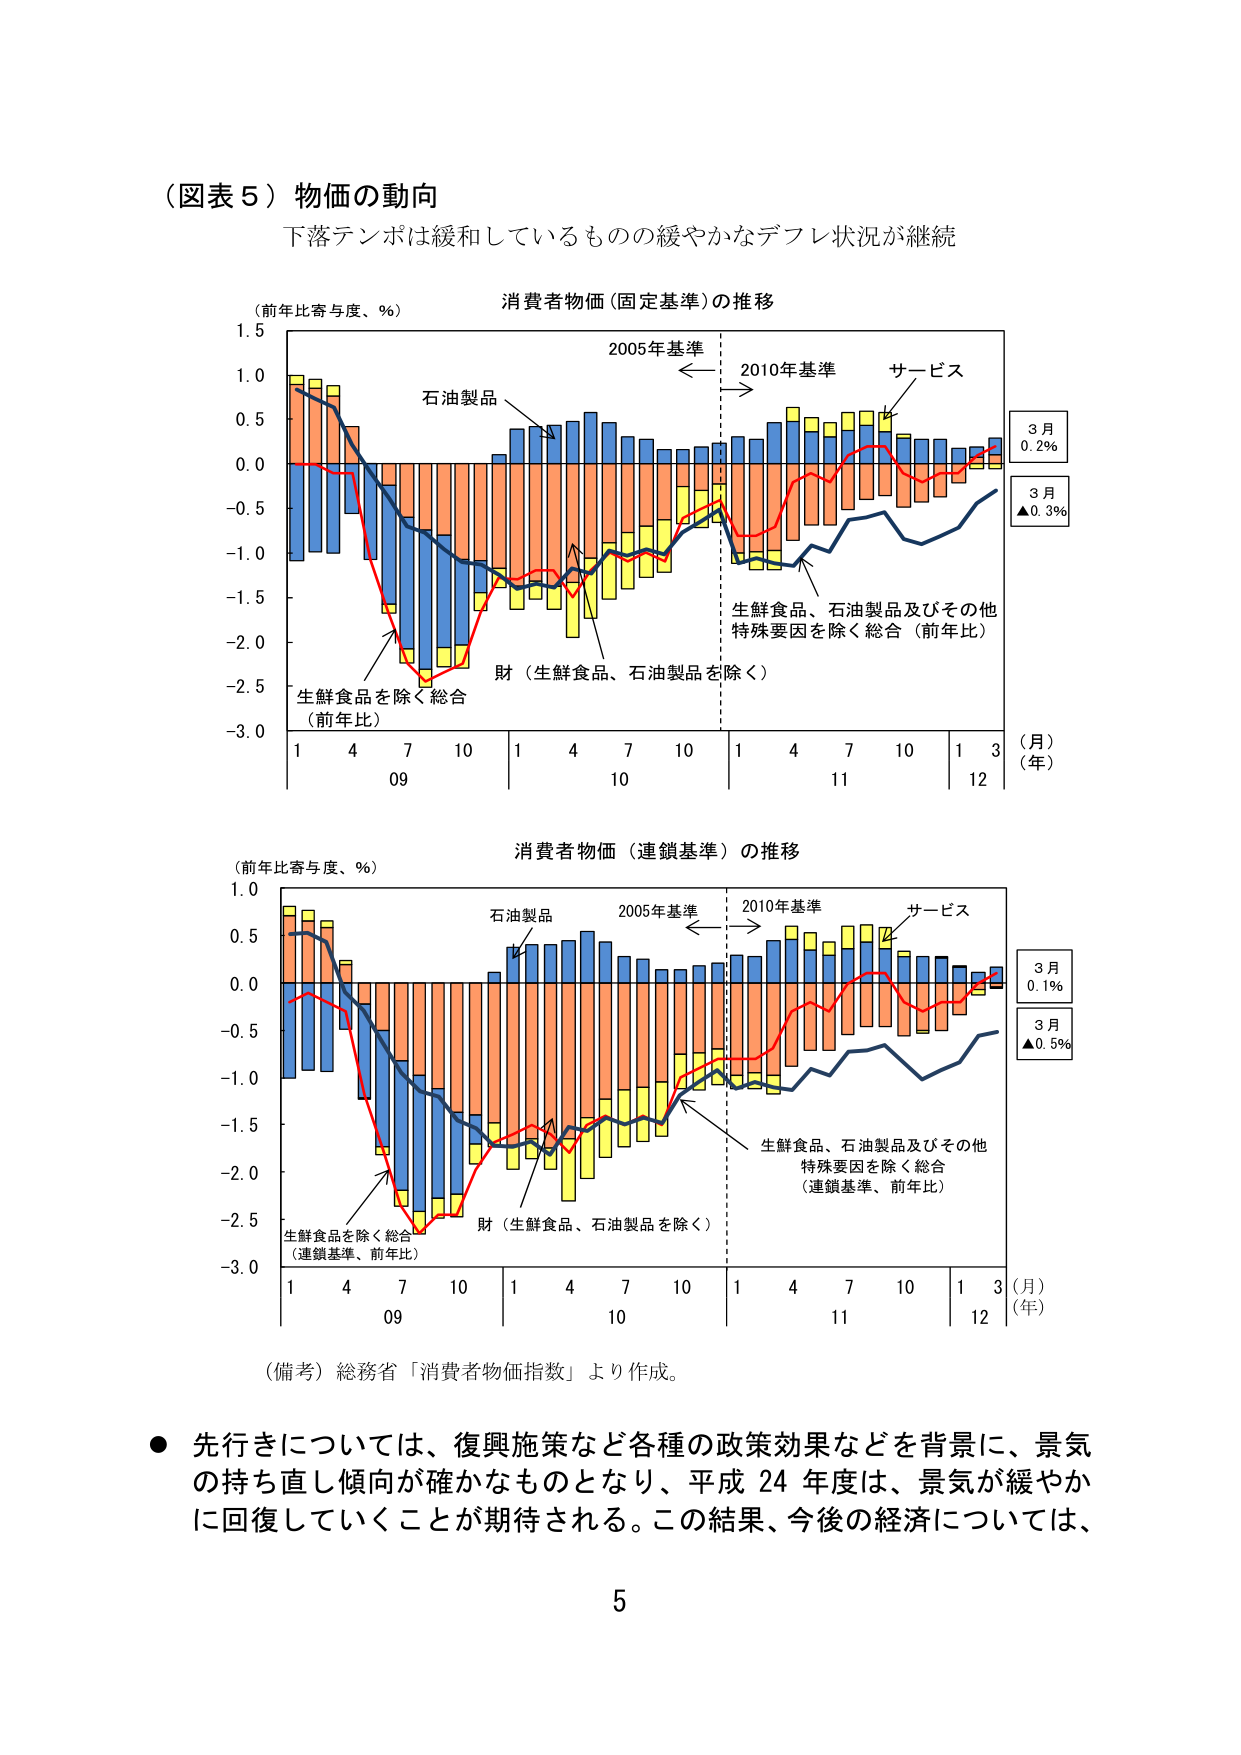
（図表５）物価の動向
下落テンポは緩和しているものの緩やかなデフレ状況が継続

（前年比寄与度、％）
消費者物価（固定基準）の推移
1.5
1.0
0.5
0.0
-0.5
-1.0
-1.5
-2.0
-2.5
-3.0
石油製品
2005年基準 ←→ 2010年基準
サービス
3月
0.2%
3月
▲0.3%
生鮮食品、石油製品及びその他
特殊要因を除く総合（前年比）
財（生鮮食品、石油製品を除く）
生鮮食品を除く総合
（前年比）
1 4 7 10 1 4 7 10 1 4 7 10 1 3
09 10 11 12
（月）
（年）

（前年比寄与度、％）
消費者物価（連鎖基準）の推移
1.0
0.5
0.0
-0.5
-1.0
-1.5
-2.0
-2.5
-3.0
石油製品
2005年基準 ←→ 2010年基準
サービス
3月
0.1%
3月
▲0.5%
生鮮食品、石油製品及びその他
特殊要因を除く総合
（連鎖基準、前年比）
財（生鮮食品、石油製品を除く）
生鮮食品を除く総合
（連鎖基準、前年比）
1 4 7 10 1 4 7 10 1 4 7 10 1 3
09 10 11 12
（月）
（年）

（備考）総務省「消費者物価指数」より作成。

● 先行きについては、復興施策など各種の政策効果などを背景に、景気の持ち直し傾向が確かなものとなり、平成24年度は、景気が緩やかに回復していくことが期待される。この結果、今後の経済については、

5